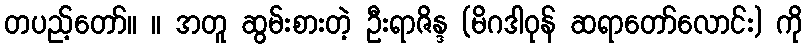
တပည့်တော်။ ။ အတူ ဆွမ်းစားတဲ့ ဦးရာဇိန္ဒ (မိဂဒါဝုန် ဆရာတော်လောင်း) ကို